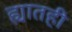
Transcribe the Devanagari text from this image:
ह्यातही